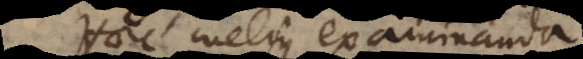
c melius examinanda